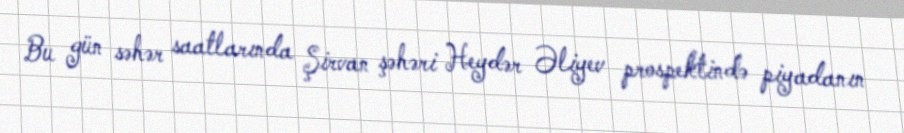
Bu gün səhər saatlarında Şirvan şəhəri Heydər Əliyev prospektində piyadanın